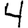
Digit: 4